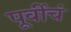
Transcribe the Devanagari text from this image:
पूर्वीचं